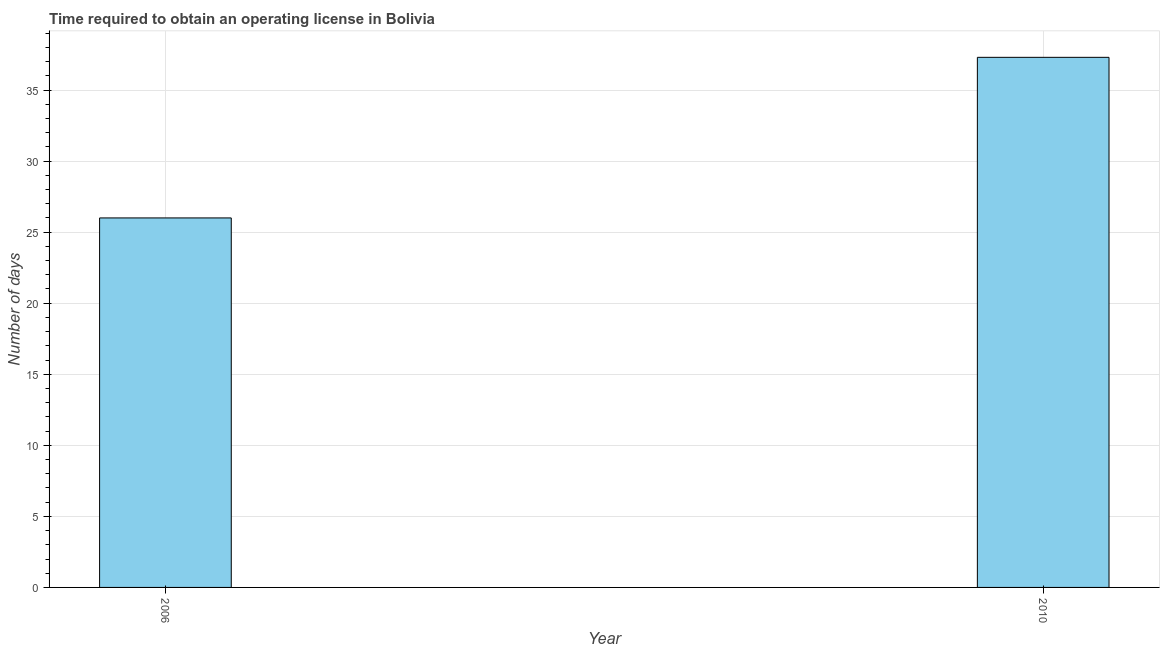
| Year | Obtain operating license |
 | --- | --- |
 | 2006 | 26 |
 | 2010 | 37.3 |